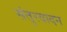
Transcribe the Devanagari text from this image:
संतुरवादन